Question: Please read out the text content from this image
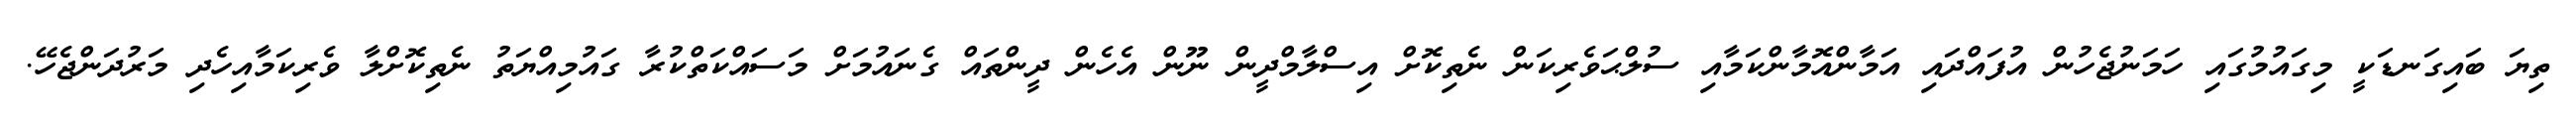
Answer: ތިޔަ ބައިގަނޑަކީ މިގައުމުގައި ހަމަނުޖެހުން އުފައްދައި އަމާންއޮމާންކަމާއި ސުލްޙަވެރިކަން ނެތިކޮށް އިސްލާމްދީން ނޫން އެހެން ދީންތައް ގެނައުމަށް މަސައްކަތްކުރާ ގައުމިއްޔަތު ނެތިކޮށްލާ ވެރިކަމާއިހެދި މަރުދަންޖެހޭ.